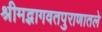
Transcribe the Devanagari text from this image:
श्रीमद्भागवतपुराणातले